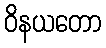
ဝိနယတော